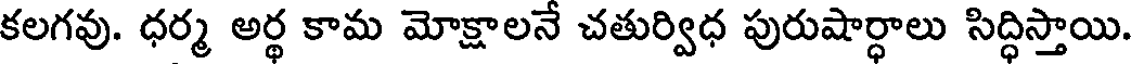
కలగవు. ధర్మ అర్థ కామ మోక్షాలనే చతుర్విధ పురుషార్ధాలు సిద్ధిస్తాయి.